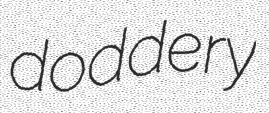
doddery